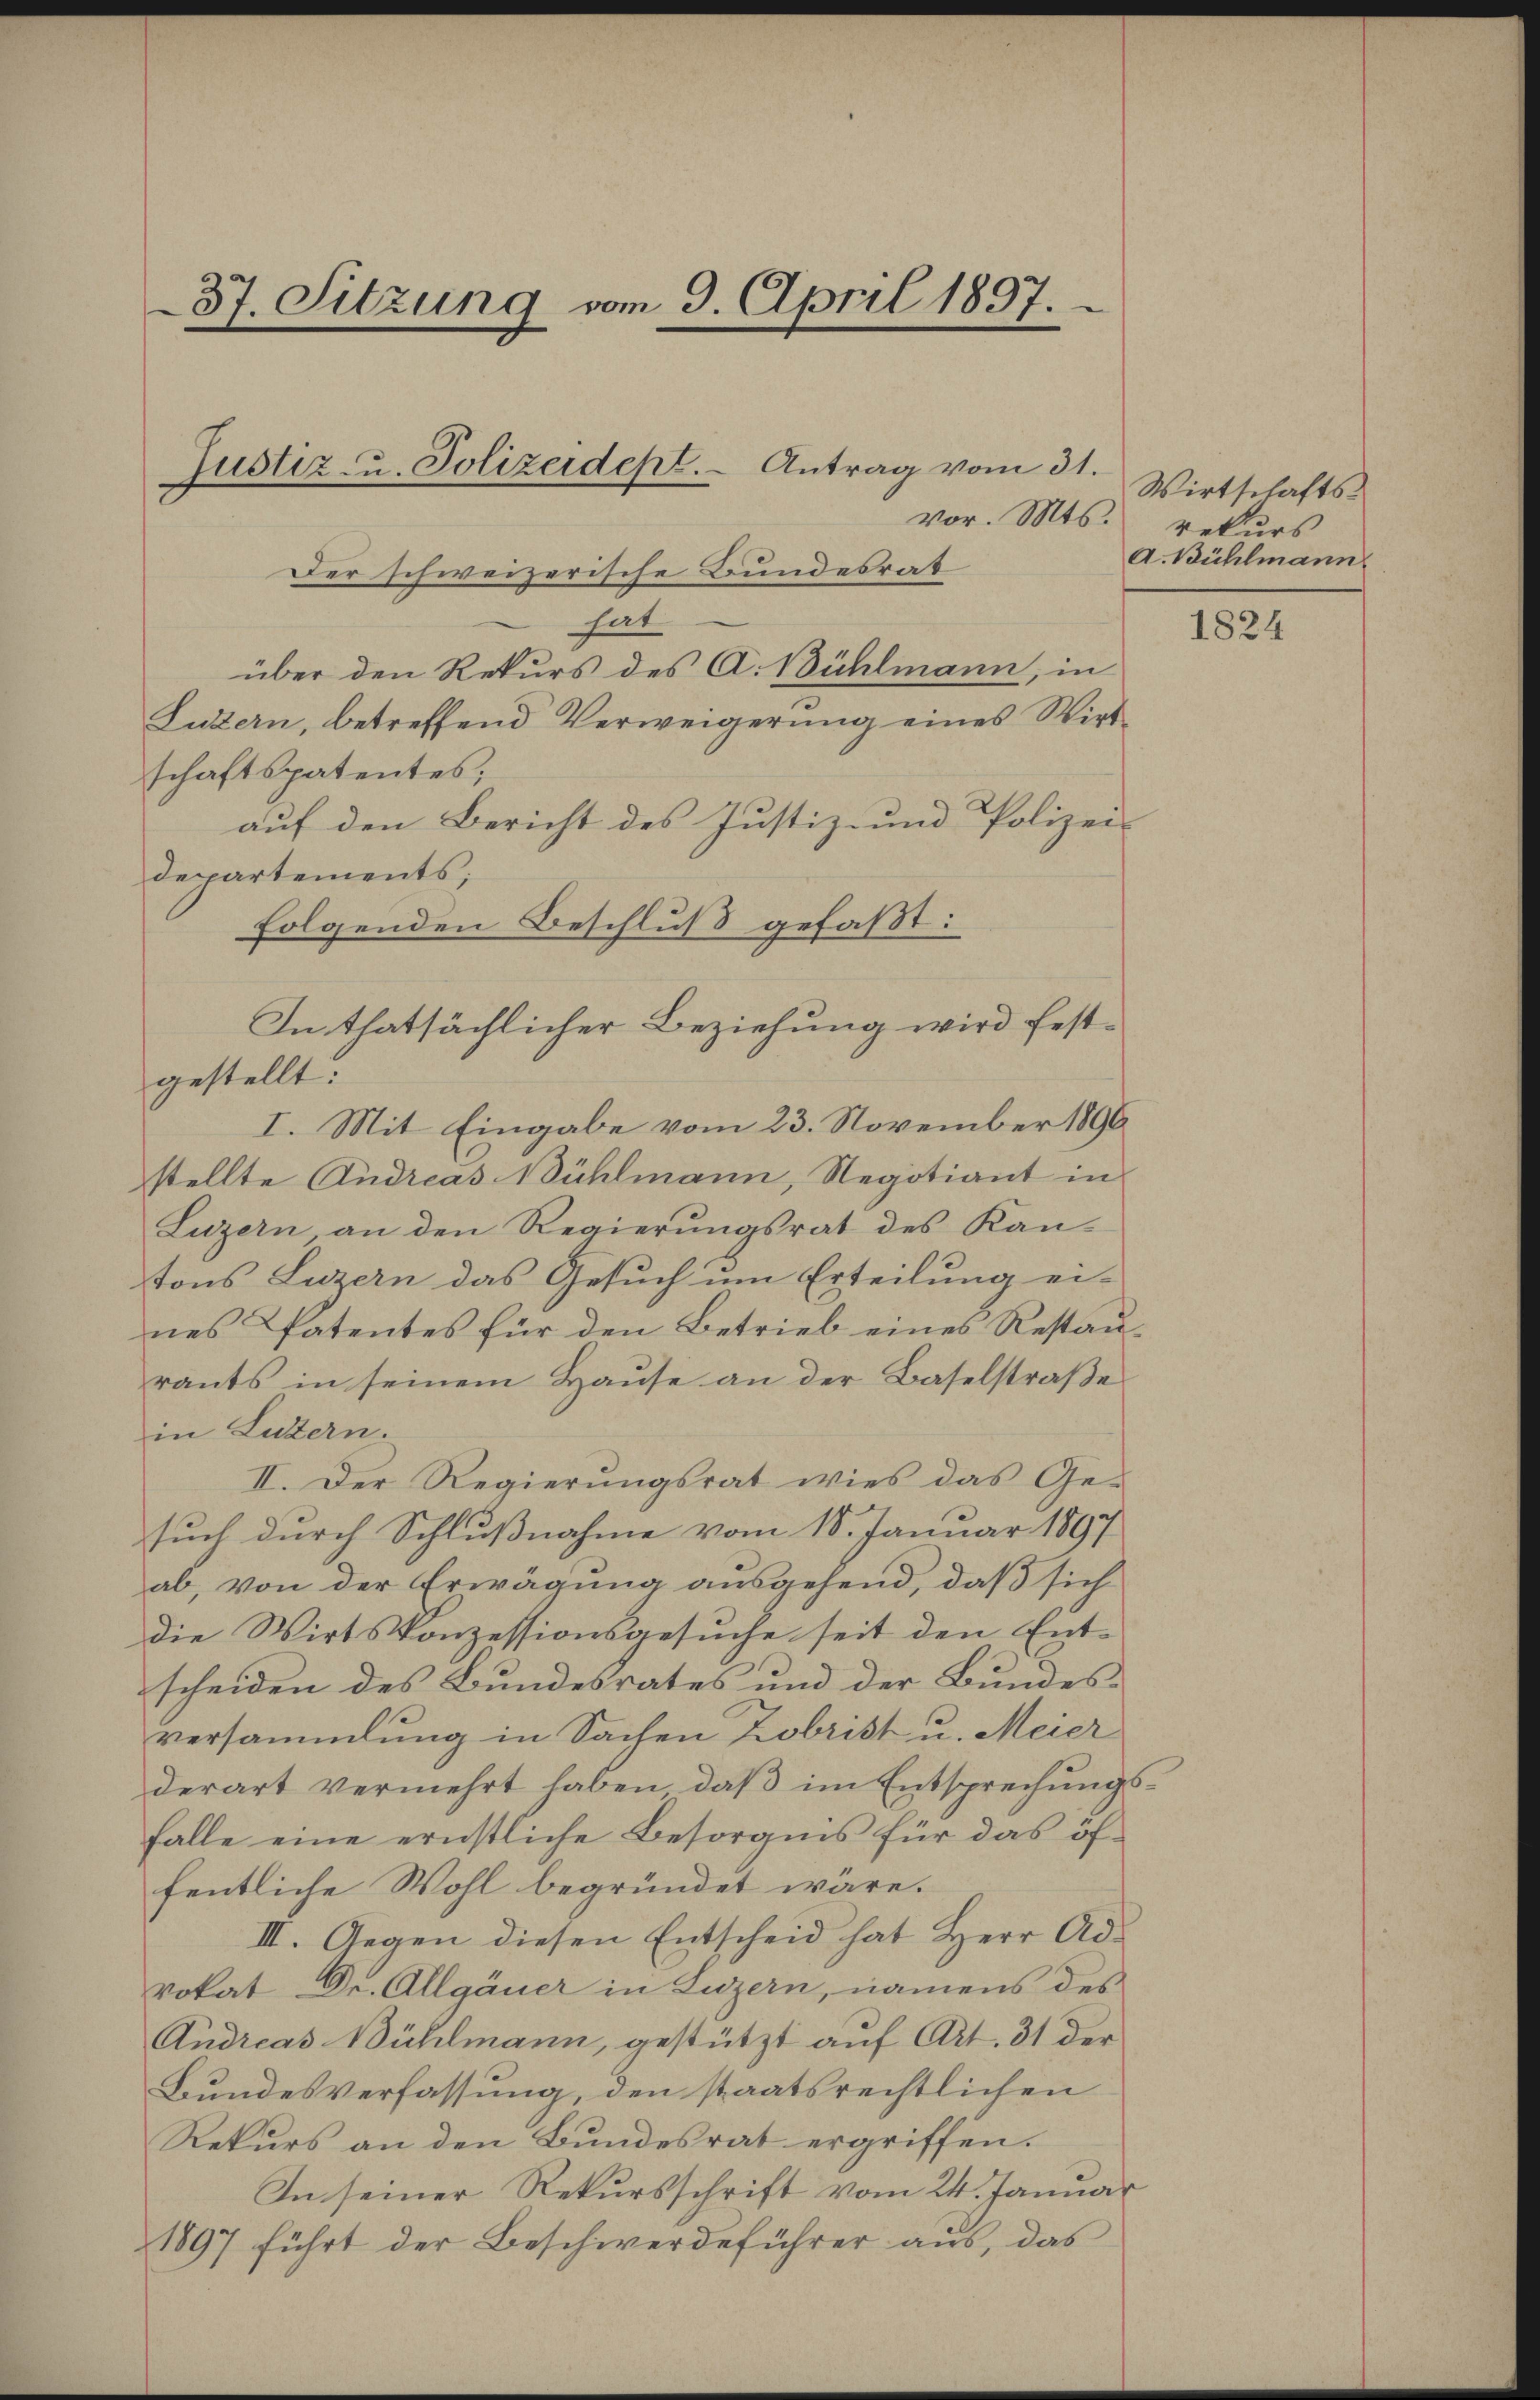
37. Sitzung vom 9. April 1897.
e
Justiz- u. Polizeidept. - Antrag vom 31.
vor. Mts.

Der schweizerische Bundesrat
hat
über den Rekurs des A. Bühlmann, in
Luzern, betreffend Verweigerung eines Wirt
schaftspatentes,
auf den Bericht des Justiz- und Polizei-
departements;
folgenden Beschluß gefaßt:
gestellt:
I. Mit Eingabe vom 23. November 1896
stellte Andreas Bühlmann, Regotiant in
Luzern, an den Regierungsrat des Kantons Luzern das Gesuch um Erteilung ei-
nes Patentes für den Betrieb eines Restaurants in seinem Hause an der Baselstraße
in Luzern.
II. Der Regierungsrat wies das Ge-
such durch Schlußnahme vom 18. Januar 1897
ab, von der Erwägung ausgehend, daß sich
die Wirtskonzessionsgesuche seit den Ent-
scheiden des Bundesrates und der Bundesversammlung in Sachen Kobrist u. Meier
derart vermehrt haben, daß im Entsprechungsfalle eine ernstliche Besorgnis für das öffentliche Wohl begründet wäre.
III. Gegen diesen Entscheid hat Herr Advokat Dr. Allgäuer in Luzern, namens des
Andreas Bühlmann, gestützt auf Art. 31 der
Bundesverfassung, den staatsrechtlichen
Rekurs an den Bundesrat ergriffen.
In seiner Rekursschrift vom 24. Januar
1897 führt der Beschwerdeführer aus, das

In thatsächlicher Beziehung wird fest¬

Wirtschaftsrekurs
A. Bühlmann

1824